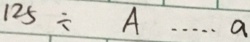
1 2 5 \div A \cdots a